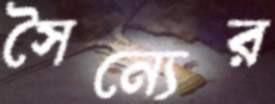
সৈন্যের